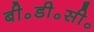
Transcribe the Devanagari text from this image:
बी॰डी॰सी॰